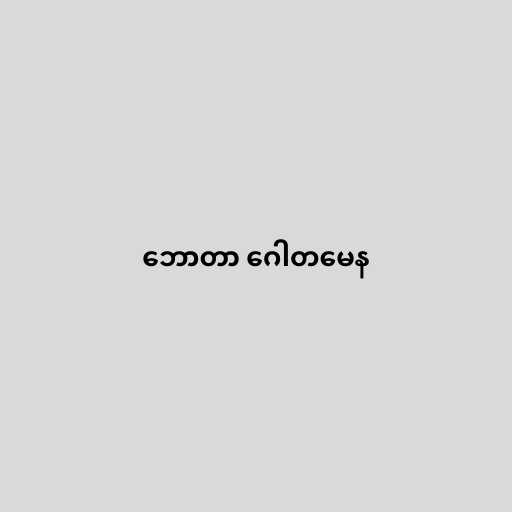
ဘောတာ ဂေါတမေန